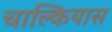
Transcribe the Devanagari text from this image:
चाल्कियास